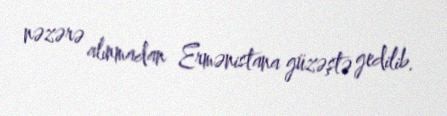
nəzərə alınmadan Ermənistana güzəştə gedilib.